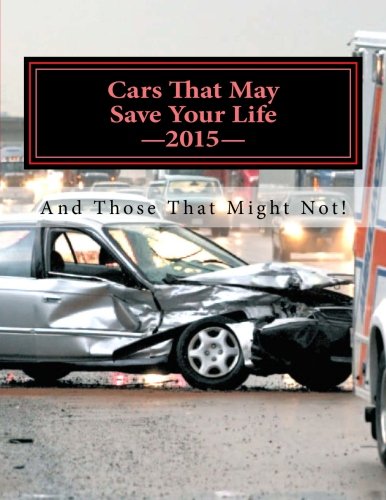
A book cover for Cars That May Save Your Life: And Those That Might Not!; Informed For Life Inc.; Engineering & Transportation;